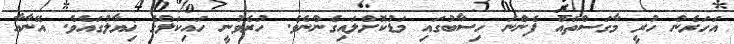
އަހަރެން ހުރީ މާގަސްތައް ފެންނަ ހިސާބުގައި މަޑުކޮށްލައިގެންނެވެ. ހުރެވުނީ ހައިކަލްގެ ޚިޔާލުގައެވެ. އޭނާއާ